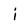
Character: i